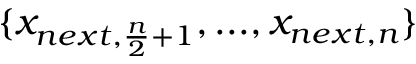
\{ x _ { n e x t , \frac { n } { 2 } + 1 } , . . . , x _ { n e x t , n } \}